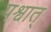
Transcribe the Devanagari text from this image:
पश्वात्